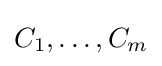
C_{1},\dots ,C_{m}